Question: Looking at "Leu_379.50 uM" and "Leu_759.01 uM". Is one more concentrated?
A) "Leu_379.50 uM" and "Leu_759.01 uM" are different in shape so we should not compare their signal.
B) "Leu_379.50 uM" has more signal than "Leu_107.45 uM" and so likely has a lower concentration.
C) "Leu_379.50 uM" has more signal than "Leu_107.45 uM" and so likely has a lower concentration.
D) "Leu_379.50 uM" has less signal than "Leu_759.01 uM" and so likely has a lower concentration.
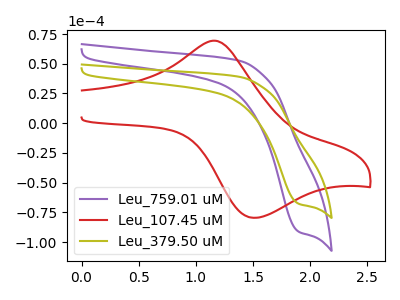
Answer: <think>The purple curve "Leu_759.01 uM" has a cathodic peak at: (1.90V, -91.15uA). The red curve "Leu_107.45 uM" has an anodic peak at (1.15V, 69.35uA) and a cathodic peak at (1.50V, -79.60uA). The olive curve "Leu_379.50 uM" has a cathodic peak at: (1.90V, -67.65uA).
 All the peaks in "Leu_379.50 uM" have a peak in "Leu_759.01 uM" at the same potential. Every peak in "Leu_379.50 uM" is lower than every peak in "Leu_759.01 uM".</think>
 <answer>D) "Leu_379.50 uM" has less signal than "Leu_759.01 uM" and so likely has a lower concentration.</answer>
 <eval>D</eval>